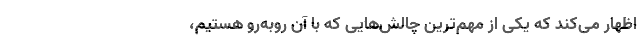
اظهار می‌کند که یکی از مهم‌ترین چالش‌هایی که با آن روبه‌رو هستیم،